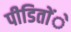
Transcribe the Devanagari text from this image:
पीडिताेंे